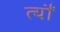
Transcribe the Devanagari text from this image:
त्‍यौं